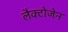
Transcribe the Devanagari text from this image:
लैक्टोजेन